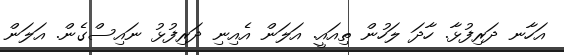
އަހާނ ދަރިފުޅާ. ހާދަ ލަހުން ތިއައީ. އަލަން އެއިނި ދަރިފުޅު ނައިސްގެން. އަލަން